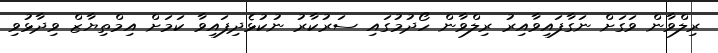
ރިލްވާން ވަގަށް ނަގާފައިވާއިރު ރިލްވާން ހޯދުމުގައި ސަރުކާރު ނުކުޅެދިފައިވާ ކަމަށް އިމްތިޔާޒް ވިދާޅުވި